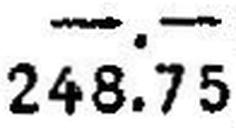
248.75